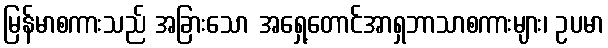
မြန်မာစကားသည် အခြားသော အရှေ့တောင်အာရှဘာသာစကားများ၊ ဥပမာ